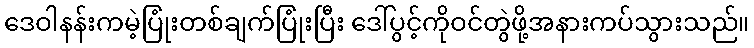
ဒေဝါနန်းကမဲ့ပြုံးတစ်ချက်ပြုံးပြီး ဒေါ်ပွင့်ကိုဝင်တွဲဖို့အနားကပ်သွားသည်။